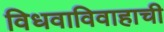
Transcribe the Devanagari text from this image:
विधवाविवाहाची